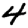
Digit: 4